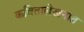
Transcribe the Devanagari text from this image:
कवितालेखनात